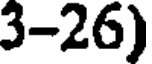
3-26)